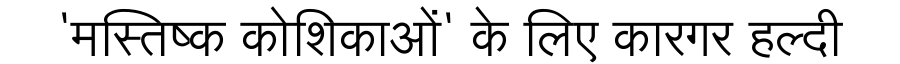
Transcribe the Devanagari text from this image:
'मस्तिष्क कोशिकाओं' के लिए कारगर हल्दी